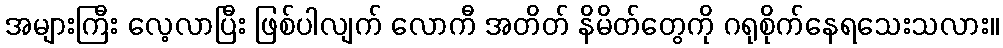
အများကြီး လေ့လာပြီး ဖြစ်ပါလျက် လောကီ အတိတ် နိမိတ်တွေကို ဂရုစိုက်နေရသေးသလား။